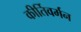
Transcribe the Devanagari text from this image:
कीर्तिवर्मन